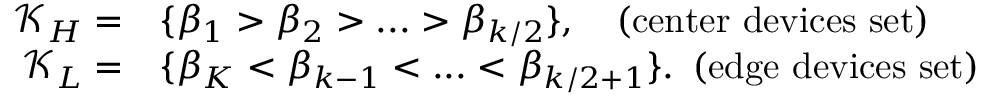
\begin{array} { r l } { \mathcal { K } _ { H } = } & { \{ \beta _ { 1 } > \beta _ { 2 } > . . . > \beta _ { k / 2 } \} , \quad \mathrm { ( c e n t e r ~ d e v i c e s ~ s e t ) } } \\ { \mathcal { K } _ { L } = } & { \{ \beta _ { K } < \beta _ { k - 1 } < . . . < \beta _ { k / 2 + 1 } \} . \, \, \, \mathrm { ( e d g e ~ d e v i c e s ~ s e t ) } } \end{array}